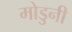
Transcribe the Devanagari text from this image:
मोडुनी